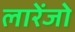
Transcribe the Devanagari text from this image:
लारेंजो